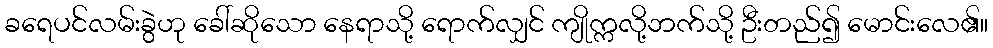
ခရေပင်လမ်းခွဲဟု ခေါ်ဆိုသော နေရာသို့ ရောက်လျှင် ကျိုက္ကလို့ဘက်သို့ ဦးတည်၍ မောင်းလေ၏။